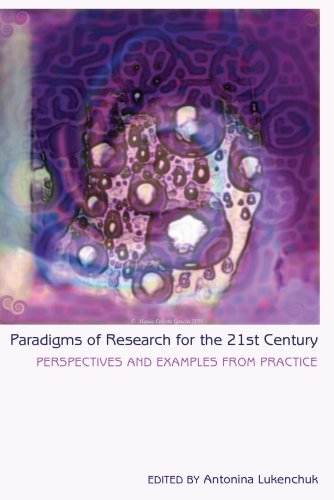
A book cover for Paradigms of Research for the 21st Century: Perspectives and Examples from Practice (Counterpoints); Politics & Social Sciences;